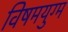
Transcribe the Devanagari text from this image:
विषमयुग्म